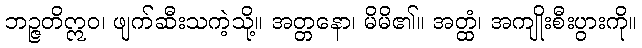
ဘဉ္ဇတိဣဝ၊ ဖျက်ဆီးသကဲ့သို့။ အတ္တနော၊ မိမိ၏။ အတ္ထံ၊ အကျိုးစီးပွားကို။